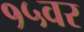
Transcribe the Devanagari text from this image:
१५वर